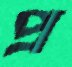
প্র